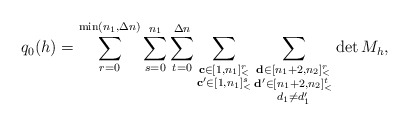
\begin{align*}q_0(h)=\sum\limits_{r=0}^{\min(n_1,\Delta n)}\sum\limits_{s=0}^{n_1}\sum\limits_{t=0}^{\Delta n}\sum\limits_{\substack{\mathbf{c}\in [1,n_1]_<^r\\\mathbf{c'}\in [1,n_1]_<^s}}\sum\limits_{\substack{\mathbf{d}\in [n_1+2,n_2]_<^r\\\mathbf{d'}\in [n_1+2,n_2]_<^t\\d_1\neq d'_1}}\det M_h,\end{align*}